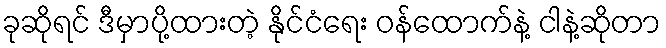
ခုဆိုရင် ဒီမှာပို့ထားတဲ့ နိုင်ငံရေး ဝန်ထောက်နဲ့ ငါနဲ့ဆိုတာ